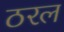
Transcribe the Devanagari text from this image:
ठरल